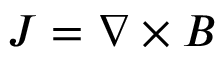
\boldsymbol { J = } \nabla \times \boldsymbol { B }